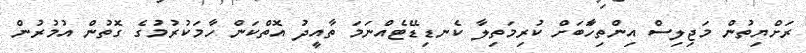
ރަށްޔިތުން މަޖިލިސް އިންތިހާަބަށް ކުރިމަތިލާ ކެނޑިޑޭޓެއްނަމަ ތާއީދު އޮތްކަން ހާމަކުރުމުގެ ގޮތުން އުމުުރުން